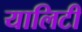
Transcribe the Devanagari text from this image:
यालिटी